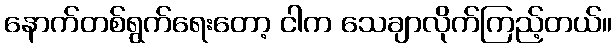
နောက်တစ်ရွက်ရေးတော့ ငါက သေချာလိုက်ကြည့်တယ်။